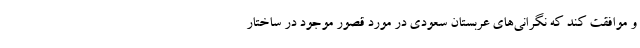
و موافقت کند که نگرانی‌های عربستان سعودی در مورد قصور موجود در ساختار